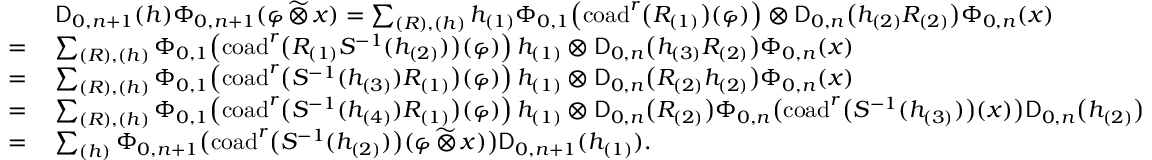
\begin{array} { r l } & { \mathsf { D } _ { 0 , n + 1 } ( h ) \Phi _ { 0 , n + 1 } ( \varphi \, \widetilde { \otimes } \, x ) = \sum _ { ( R ) , ( h ) } h _ { ( 1 ) } \Phi _ { 0 , 1 } \! \left( \mathrm { c o a d } ^ { r } \bigl ( R _ { ( 1 ) } \bigr ) ( \varphi ) \right) \otimes \mathsf { D } _ { 0 , n } \bigl ( h _ { ( 2 ) } R _ { ( 2 ) } \bigr ) \Phi _ { 0 , n } ( x ) } \\ { = \: } & { \sum _ { ( R ) , ( h ) } \Phi _ { 0 , 1 } \! \left( \mathrm { c o a d } ^ { r } \bigl ( R _ { ( 1 ) } S ^ { - 1 } ( h _ { ( 2 ) } ) \bigr ) ( \varphi ) \right) h _ { ( 1 ) } \otimes \mathsf { D } _ { 0 , n } \bigl ( h _ { ( 3 ) } R _ { ( 2 ) } \bigr ) \Phi _ { 0 , n } ( x ) } \\ { = \: } & { \sum _ { ( R ) , ( h ) } \Phi _ { 0 , 1 } \! \left( \mathrm { c o a d } ^ { r } \bigl ( S ^ { - 1 } ( h _ { ( 3 ) } ) R _ { ( 1 ) } \bigr ) ( \varphi ) \right) h _ { ( 1 ) } \otimes \mathsf { D } _ { 0 , n } \bigl ( R _ { ( 2 ) } h _ { ( 2 ) } \bigr ) \Phi _ { 0 , n } ( x ) } \\ { = \: } & { \sum _ { ( R ) , ( h ) } \Phi _ { 0 , 1 } \! \left( \mathrm { c o a d } ^ { r } \bigl ( S ^ { - 1 } ( h _ { ( 4 ) } ) R _ { ( 1 ) } \bigr ) ( \varphi ) \right) h _ { ( 1 ) } \otimes \mathsf { D } _ { 0 , n } \bigl ( R _ { ( 2 ) } \bigr ) \Phi _ { 0 , n } \bigl ( \mathrm { c o a d } ^ { r } \bigl ( S ^ { - 1 } ( h _ { ( 3 ) } ) \bigr ) ( x ) \bigr ) \mathsf { D } _ { 0 , n } \bigl ( h _ { ( 2 ) } \bigr ) } \\ { = \: } & { \sum _ { ( h ) } \Phi _ { 0 , n + 1 } \bigl ( \mathrm { c o a d } ^ { r } \bigl ( S ^ { - 1 } ( h _ { ( 2 ) } ) \bigr ) ( \varphi \, \widetilde { \otimes } \, x ) \bigr ) \mathsf { D } _ { 0 , n + 1 } ( h _ { ( 1 ) } ) . } \end{array}